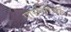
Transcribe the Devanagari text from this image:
पार्सलीची